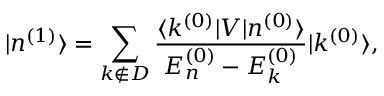
| n ^ { ( 1 ) } \rangle = \sum _ { k \not \in D } { \frac { \langle k ^ { ( 0 ) } | V | n ^ { ( 0 ) } \rangle } { E _ { n } ^ { ( 0 ) } - E _ { k } ^ { ( 0 ) } } } | k ^ { ( 0 ) } \rangle ,